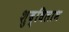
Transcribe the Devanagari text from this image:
शुद्धिलाभ